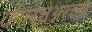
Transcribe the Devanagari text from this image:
व्हीलचेअरच्या